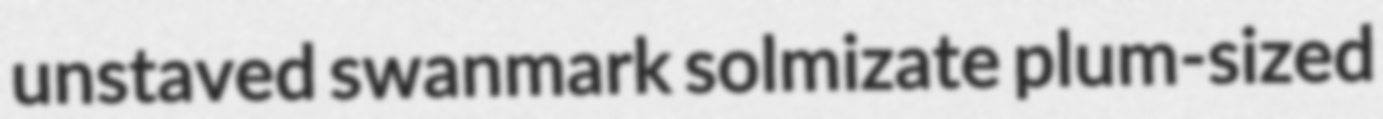
unstaved swanmark solmizate plum-sized